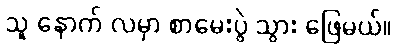
သူ နောက် လမှာ စာမေးပွဲ သွား ဖြေမယ်။